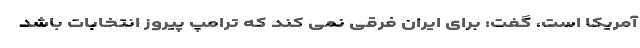
آمریکا است، گفت: برای ایران فرقی نمی کند که ترامپ پیروز انتخابات باشد